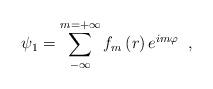
LaTeX: \begin{align*}\psi _{1}=\sum\limits_{-\infty }^{m=+\infty }f_{m}\,(r)\,e^{im\varphi}\;\;,\end{align*}